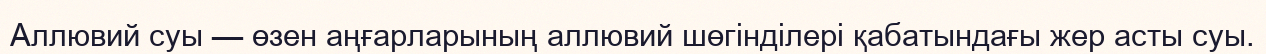
Аллювий суы — өзен аңғарларының аллювий шөгінділері қабатындағы жер асты суы.